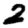
Digit: 2